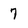
Character: 7